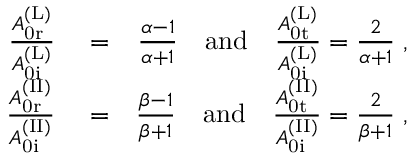
\begin{array} { r l r } { \frac { A _ { \mathrm { 0 r } } ^ { \mathrm { ( L ) } } } { A _ { \mathrm { 0 i } } ^ { \mathrm { ( L ) } } } } & { { } = } & { \frac { \alpha - 1 } { \alpha + 1 } \quad \mathrm { a n d } \quad \frac { A _ { \mathrm { 0 t } } ^ { \mathrm { ( L ) } } } { A _ { \mathrm { 0 i } } ^ { \mathrm { ( L ) } } } = \frac { 2 } { \alpha + 1 } \; , } \\ { \frac { A _ { \mathrm { 0 r } } ^ { \mathrm { ( I I ) } } } { A _ { \mathrm { 0 i } } ^ { \mathrm { ( I I ) } } } } & { { } = } & { \frac { \beta - 1 } { \beta + 1 } \quad \mathrm { a n d } \quad \frac { A _ { \mathrm { 0 t } } ^ { \mathrm { ( I I ) } } } { A _ { \mathrm { 0 i } } ^ { \mathrm { ( I I ) } } } = \frac { 2 } { \beta + 1 } \; , } \end{array}